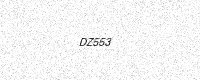
Text: DZ553